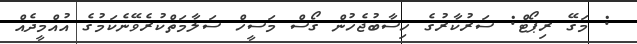
: މަގޭ ރިޕޯޓް: ސަރުކާރުގެ ހިސާބުޖެހުން ގޯސް މަސީހް ސަލާމަތްކުރެވޭނެކަމުގެ އުއްމީދެއް